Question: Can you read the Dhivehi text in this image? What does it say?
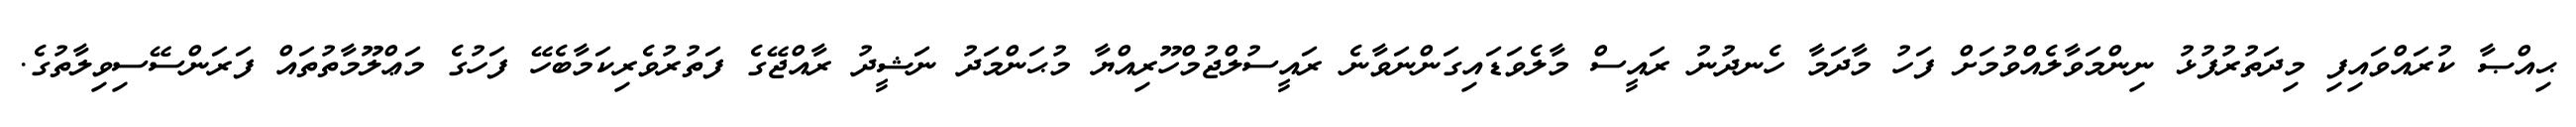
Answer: ޙިއްޞާ ކުރައްވައިފި މިދަތުރުފުޅު ނިންމަވާލެއްވުމަށް ފަހު މާދަމާ ހެނދުނު ރައީސް މާލެވަޑައިގަންނަވާނެ ރައީސުލްޖުމްހޫރިއްޔާ މުޙަންމަދު ނަޝީދު ރާއްޖޭގެ ފަތުރުވެރިކަމާބެހޭ ފަހުގެ މަޢްލޫމާތުތައް ފަރަންސޭސިވިލާތުގެ.